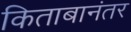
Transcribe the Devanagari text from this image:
किताबानंतर